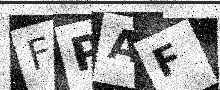
Text: FPAF